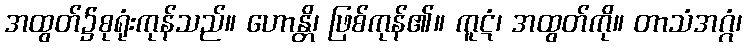
အထွတ်၌စုရုံးကုန်သည်။ ဟောန္တိ၊ ဖြစ်ကုန်၏။ ကူဋံ၊ အထွတ်ကို။ တာသံအဂ္ဂံ၊